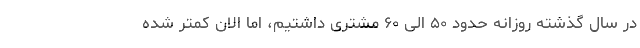
در سال گذشته روزانه حدود ۵۰ الی ۶۰ مشتری داشتیم، اما الان کمتر شده